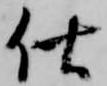
仕